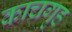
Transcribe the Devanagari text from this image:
काचगृह